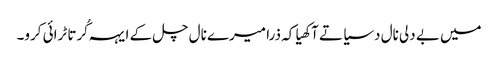
میں بے دلی نال دسیا تے آکھیا کہ ذرا میرے نال چل کے ایہہ کُرتا ٹرائی کرو۔